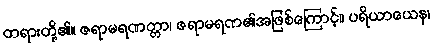
တရားတို့၏။ ဇရာမရဏတ္တာ၊ ဇရာမရဏ၏အဖြစ်ကြောင့်။ ပရိယာယေန၊